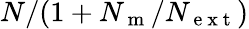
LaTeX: N/(1+N_{\mathrm{~m~}}/N_{\mathrm{~e~x~t~}})